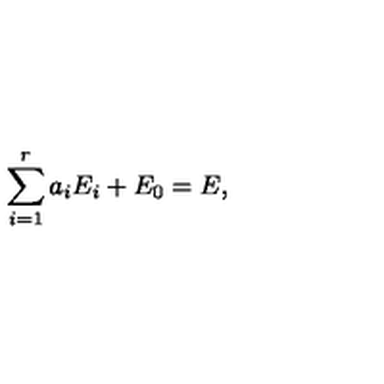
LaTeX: \sum _ { i = 1 } ^ { r } a _ { i } E _ { i } + E _ { 0 } = E ,